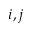
i , j